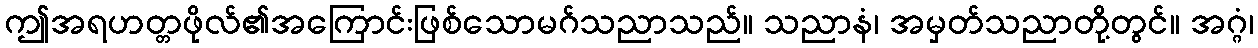
ဤအရဟတ္တဖိုလ်၏အကြောင်းဖြစ်သောမဂ်သညာသည်။ သညာနံ၊ အမှတ်သညာတို့တွင်။ အဂ္ဂံ၊